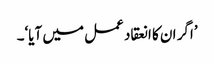
’اگر ان کا انعقاد عمل میں آیا‘۔